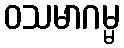
ဝသမာဂမ္မ